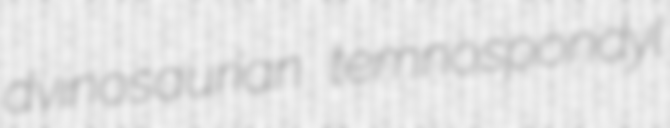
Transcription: dvinosaurian temnospondyl